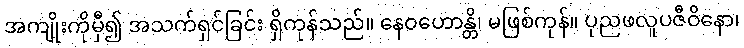
အကျိုးကိုမှီ၍ အသက်ရှင်ခြင်း ရှိကုန်သည်။ နေဝဟောန္တိ၊ မဖြစ်ကုန်။ ပုညဖလူပဇီဝိနော၊